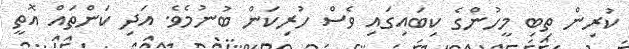
ކުރިން ތިބި މީހުންގެ ކިބައިގައި ވެސް ހުރިކަން ބުނުމެވެ. އަދި ކަންތައް އޮތީ